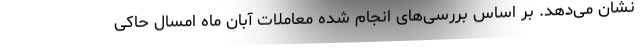
نشان می‌دهد. بر اساس بررسی‌های انجام شده معاملات آبان ماه امسال حاکی